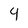
Character: 4